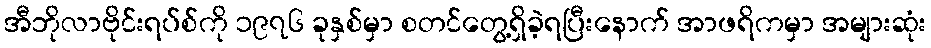
အီဘိုလာဗိုင်းရပ်စ်ကို ၁၉၇၆ ခုနှစ်မှာ စတင်တွေ့ရှိခဲ့ရပြီးနောက် အာဖရိကမှာ အများဆုံး